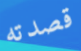
قصدته